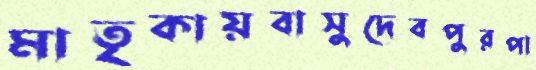
মাতৃকায়বাসুদেবপুরপা